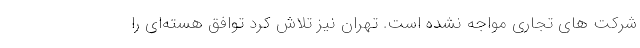
شرکت های تجاری مواجه نشده است. تهران نیز تلاش کرد توافق هسته‌ای را